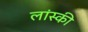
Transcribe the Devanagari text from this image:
लांस्की